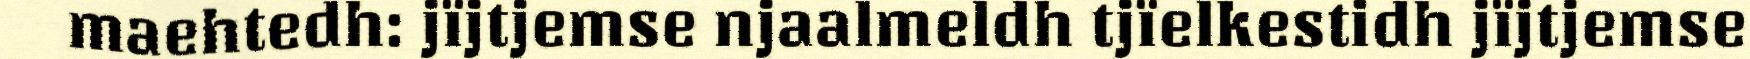
maehtedh: jïjtjemse njaalmeldh tjïelkestidh jïjtjemse